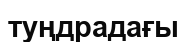
туңдрадағы